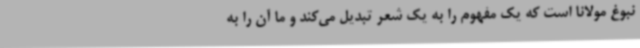
نبوغ مولانا است که یک مفهوم را به یک شعر تبدیل می‌کند و ما آن را به